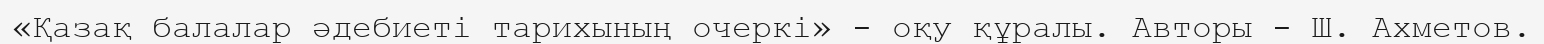
«Қазақ балалар әдебиеті тарихының очеркі» - оқу құралы. Авторы - Ш. Ахметов.